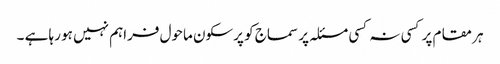
ہر مقام پر کسی نہ کسی مسئلہ پر سماج کو پرسکون ماحول فراہم نہیں ہو رہا ہے ۔